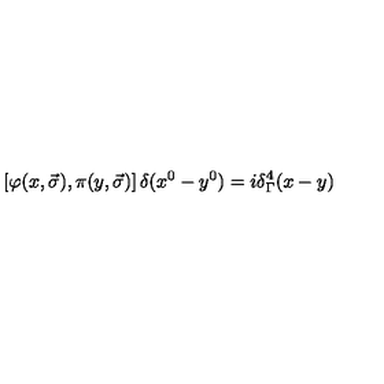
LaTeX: \left[ \varphi ( x , \vec { \sigma } ) , \pi ( y , \vec { \sigma } ) \right] \delta ( x ^ { 0 } - y ^ { 0 } ) = i { \delta } _ { \Gamma } ^ { 4 } ( x - y )